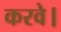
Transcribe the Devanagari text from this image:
करवे।